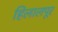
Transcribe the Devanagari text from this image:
हिलालपूर